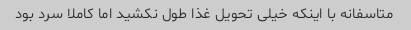
متاسفانه با اینکه خیلی تحویل غذا طول نکشید اما کاملا سرد بود